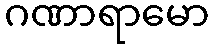
ဂဏာရာမော